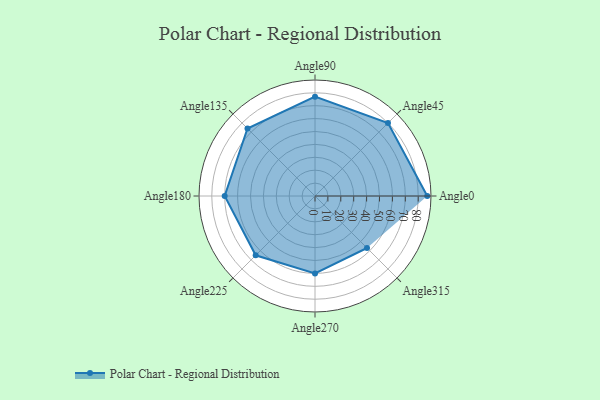
{"axis": {"x": "Angle", "y": "Radius"}, "legend": [""], "data": [{"x": "Angle0", "y": 87.0, "type": ""}, {"x": "Angle45", "y": 80.0, "type": ""}, {"x": "Angle90", "y": 77.0, "type": ""}, {"x": "Angle135", "y": 74.0, "type": ""}, {"x": "Angle180", "y": 70.0, "type": ""}, {"x": "Angle225", "y": 65.0, "type": ""}, {"x": "Angle270", "y": 60.0, "type": ""}, {"x": "Angle315", "y": 57.0, "type": ""}]}